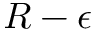
R - \epsilon